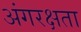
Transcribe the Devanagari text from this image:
अंगरक्षता